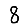
Digit: 8